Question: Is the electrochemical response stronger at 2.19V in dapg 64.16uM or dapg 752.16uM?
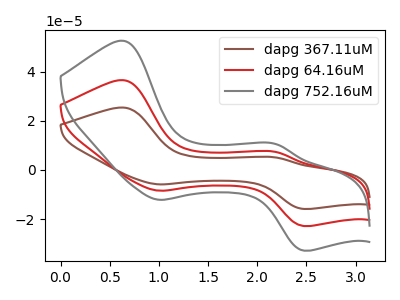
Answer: <think>The brown curve "dapg 367.11uM" has anodic peaks at (0.65V, 73.20uA) (2.20V, 14.75uA) and cathodic peaks at (1.00V, -16.90uA) (2.45V, -45.70uA). The red curve "dapg 64.16uM" has anodic peaks at (0.65V, 36.60uA) (2.20V, 7.40uA) and cathodic peaks at (1.00V, -8.45uA) (2.45V, -22.85uA). The gray curve "dapg 752.16uM" has anodic peaks at (0.65V, 52.65uA) (2.20V, 10.60uA) and cathodic peaks at (1.00V, -12.15uA) (2.45V, -32.85uA).</think>
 <answer>The peak at 2.19V is lower in "dapg 64.16uM" than in "dapg 752.16uM".</answer>
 <eval>lower</eval>